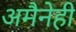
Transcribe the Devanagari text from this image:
अमैनेही